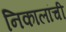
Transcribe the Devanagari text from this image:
निकालांची